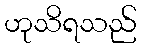
ဟုသိရသည်